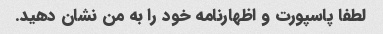
لطفا پاسپورت و اظهارنامه خود را به من نشان دهید.